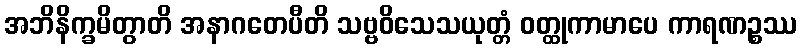
အဘိနိက္ခမိတွာတိ အနာဂတေပီတိ သဗ္ဗဝိသေသယုတ္တံ ဝတ္ထုကာမာပေ ကာရဏဉ္စဿ